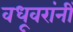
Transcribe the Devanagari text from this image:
वधूवरांनीं